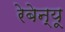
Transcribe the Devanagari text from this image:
रेबेन्यू